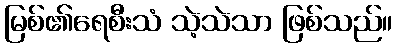
မြစ်၏ရေစီးသံ သဲ့သဲသာ ဖြစ်သည်။